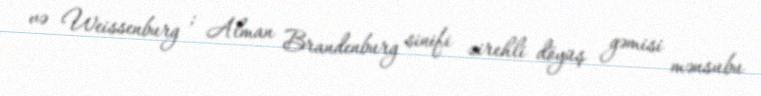
və Weissenburg ; Alman Brandenburg sinifi zirehli döyüş gəmisi mənsubu